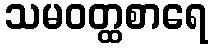
သမဝတ္ထစာရေ